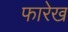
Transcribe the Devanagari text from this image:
फारेख